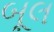
બૂલ